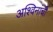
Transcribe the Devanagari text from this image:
अश्विनांची